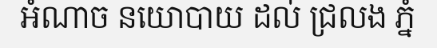
អំណាច នយោបាយ ដល់ ជ្រលង ភ្នំ